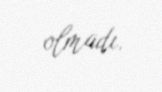
olmadı.